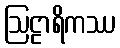
ဩဠာရိကဿ